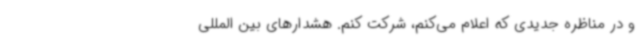
و در مناظره جدیدی که اعلام می‌کنم، شرکت کنم. هشدارهای بین المللی